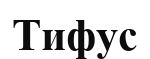
Тифус